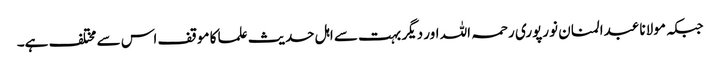
جبکہ مولانا عبدالمنان نورپوری رحمہ اللہ اور دیگر بہت سے اہل حدیث علما کا موقف اس سے مختلف ہے۔